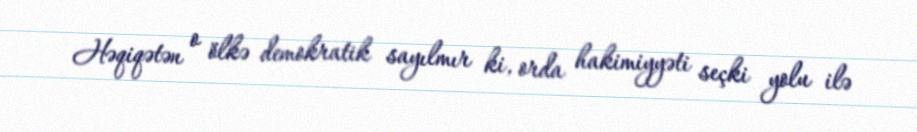
Həqiqətən o ölkə demokratik sayılmır ki, orda hakimiyyəti seçki yolu ilə